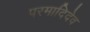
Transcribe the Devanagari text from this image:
परमादिदेव